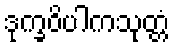
ဒုက္ခဝိပါကသုတ္တံ